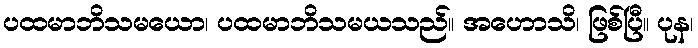
ပထမာဘိသမယော၊ ပထမာဘိသမယသည်။ အဟောသိ၊ ဖြစ်ပြီ။ ပုန၊